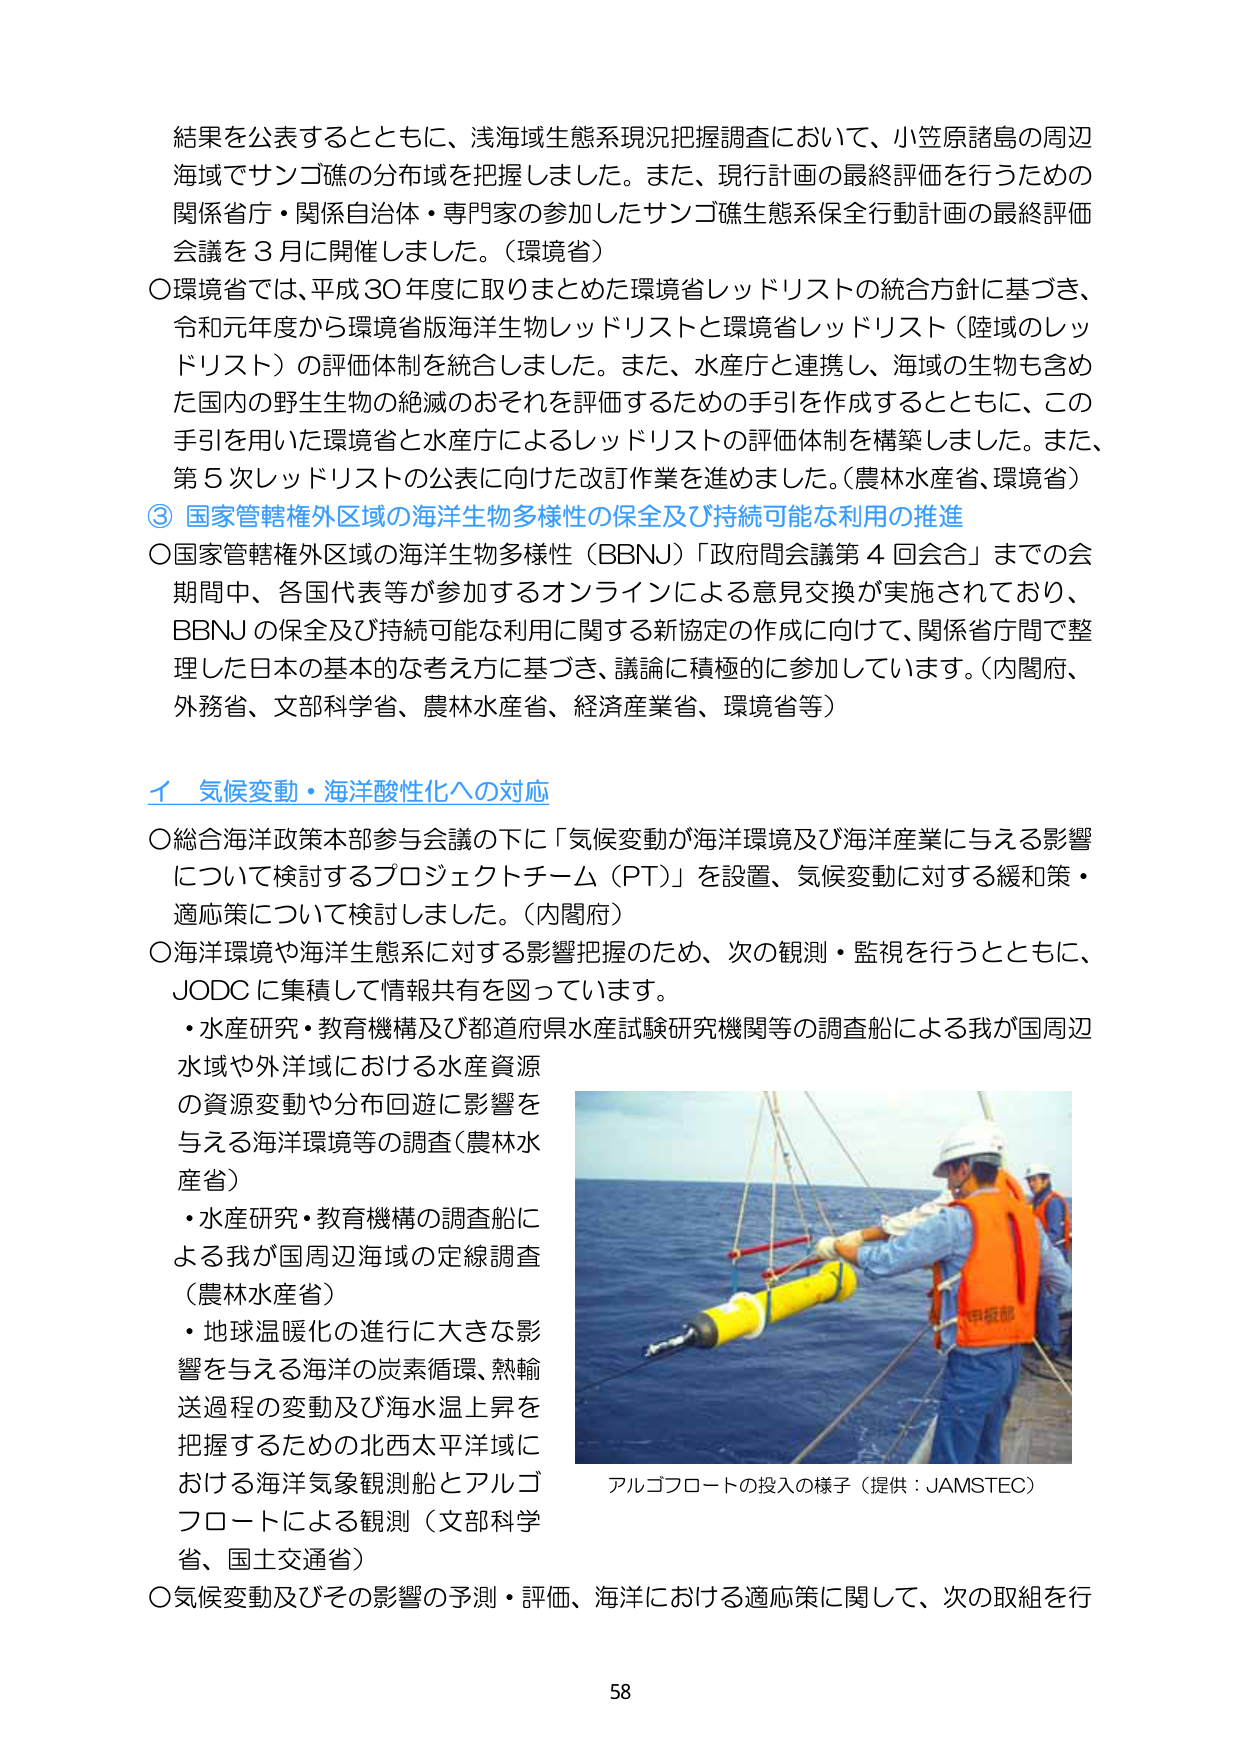
結果を公表するとともに、浅海域生態系現況把握調査において、小笠原諸島の周辺海域でサンゴ礁の分布域を把握しました。また、現行計画の最終評価を行うための関係省庁・関係自治体・専門家の参加したサンゴ礁生態系保全行動計画の最終評価会議を３月に開催しました。（環境省）

〇環境省では、平成30年度に取りまとめた環境省レッドリストの統合方針に基づき、令和元年度から環境省版海洋生物レッドリストと環境省レッドリスト（陸域のレッドリスト）の評価体制を統合しました。また、水産庁と連携し、海域の生物も含めた国内の野生生物の絶滅のおそれを評価するための手引を作成するとともに、この手引を用いた環境省と水産庁によるレッドリストの評価体制を構築しました。また、第5次レッドリストの公表に向けた改訂作業を進めました。（農林水産省、環境省）

③ 国家管轄権外区域の海洋生物多様性の保全及び持続可能な利用の推進

〇国家管轄権外区域の海洋生物多様性（BBNJ）「政府間会議第4回会合」までの会期間中、各国代表等が参加するオンラインによる意見交換が実施されており、BBNJの保全及び持続可能な利用に関する新協定の作成に向けて、関係省庁間で整理した日本の基本的な考え方に基づき、議論に積極的に参加しています。（内閣府、外務省、文部科学省、農林水産省、経済産業省、環境省等）

イ 気候変動・海洋酸性化への対応

〇総合海洋政策本部参与会議の下に「気候変動が海洋環境及び海洋産業に与える影響について検討するプロジェクトチーム（PT）」を設置、気候変動に対する緩和策・適応策について検討しました。（内閣府）

〇海洋環境や海洋生態系に対する影響把握のため、次の観測・監視を行うとともに、JODCに集積して情報共有を図っています。

・水産研究・教育機構及び都道府県水産試験研究機関等の調査船による我が国周辺水域や外洋域における水産資源の資源変動や分布回遊に影響を与える海洋環境等の調査（農林水産省）

・水産研究・教育機構の調査船による我が国周辺海域の定線調査（農林水産省）

・地球温暖化の進行に大きな影響を与える海洋の炭素循環、熱輸送過程の変動及び海水温上昇を把握するための北西太平洋域における海洋気象観測船とアルゴフロートによる観測（文部科学省、国土交通省）

アルゴフロートの投入の様子（提供：JAMSTEC）

〇気候変動及びその影響の予測・評価、海洋における適応策に関して、次の取組を行

58